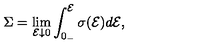
\Sigma = \lim _ { { \cal E } \downarrow 0 } \int _ { 0 _ { - } } ^ { \cal E } \sigma ( { \cal E } ) d { \cal E } ,